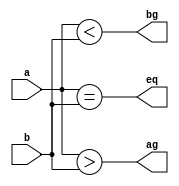

module Nbit_comp
 
  #(parameter N=1)
  
  ( input [N-1:0]a,
    input [N-1:0]b,
    output reg eq,
    output reg ag,
    output reg bg
);


always @(a or b) begin
   eq= a==b;
   ag=a>b;
   bg=a<b;
end

endmodule